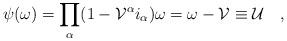
LaTeX: \begin{align*}\psi (\omega) = \prod_\alpha (1-\mathcal{V}^\alpha i_\alpha)\omega =\omega - \mathcal{V} \equiv \mathcal{U}\quad,\end{align*}